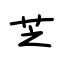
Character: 芝